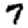
Digit: 7